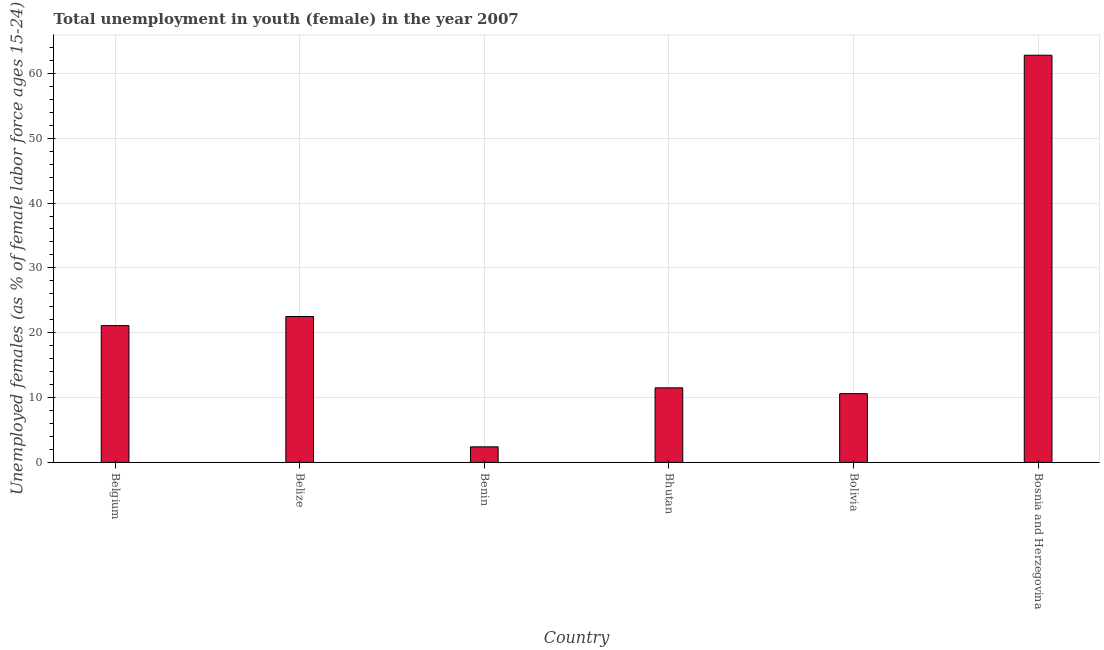
| Country | Unemployment |
 | --- | --- |
 | Belgium | 21.1 |
 | Belize | 22.5 |
 | Benin | 2.4 |
 | Bhutan | 11.5 |
 | Bolivia | 10.6 |
 | Bosnia and Herzegovina | 62.8 |